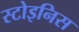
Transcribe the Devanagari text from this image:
स्टोइनिस